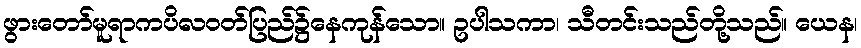
ဖွားတော်မူရာကပိလဝတ်ပြည်၌နေကုန်သော။ ဥပါသကာ၊ သီတင်းသည်တို့သည်။ ယေန၊